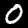
Digit: 0